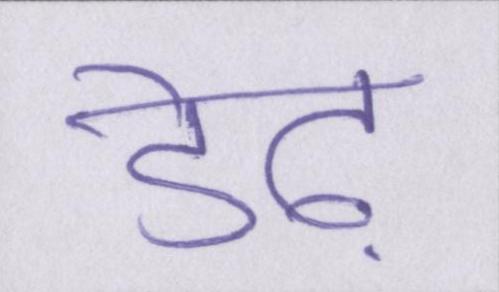
डेढ़